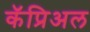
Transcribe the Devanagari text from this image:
कॅप्रिअल